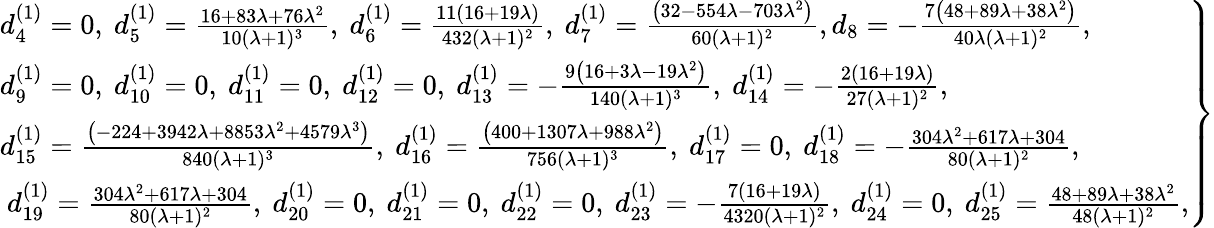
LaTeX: \left.\begin{array}{ll}{d_{4}^{(1)}=0,~d_{5}^{(1)}=\frac{16+83\lambda+76\lambda^{2}}{10(\lambda+1)^{3}},~d_{6}^{(1)}=\frac{11(16+19\lambda)}{432(\lambda+1)^{2}},~d_{7}^{(1)}=\frac{\left(32-554\lambda-703\lambda^{2}\right)}{60(\lambda+1)^{2}},d_{8}=-\frac{7\left(48+89\lambda+38\lambda^{2}\right)}{40\lambda(\lambda+1)^{2}},~}\\ {d_{9}^{(1)}=0,~d_{10}^{(1)}=0,~d_{11}^{(1)}=0,~d_{12}^{(1)}=0,~d_{13}^{(1)}=-\frac{9\left(16+3\lambda-19\lambda^{2}\right)}{140(\lambda+1)^{3}},~d_{14}^{(1)}=-\frac{2(16+19\lambda)}{27(\lambda+1)^{2}},}\\ {d_{15}^{(1)}=\frac{\left(-224+3942\lambda+8853\lambda^{2}+4579\lambda^{3}\right)}{840(\lambda+1)^{3}},~d_{16}^{(1)}=\frac{\left(400+1307\lambda+988\lambda^{2}\right)}{756(\lambda+1)^{3}},~d_{17}^{(1)}=0,~d_{18}^{(1)}=-\frac{304\lambda^{2}+617\lambda+304}{80(\lambda+1)^{2}},}\\ {~d_{19}^{(1)}=\frac{304\lambda^{2}+617\lambda+304}{80(\lambda+1)^{2}},~d_{20}^{(1)}=0,~d_{21}^{(1)}=0,~d_{22}^{(1)}=0,~d_{23}^{(1)}=-\frac{7(16+19\lambda)}{4320(\lambda+1)^{2}},~d_{24}^{(1)}=0,~d_{25}^{(1)}=\frac{48+89\lambda+38\lambda^{2}}{48(\lambda+1)^{2}},}\end{array}\right\}